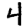
Digit: 4